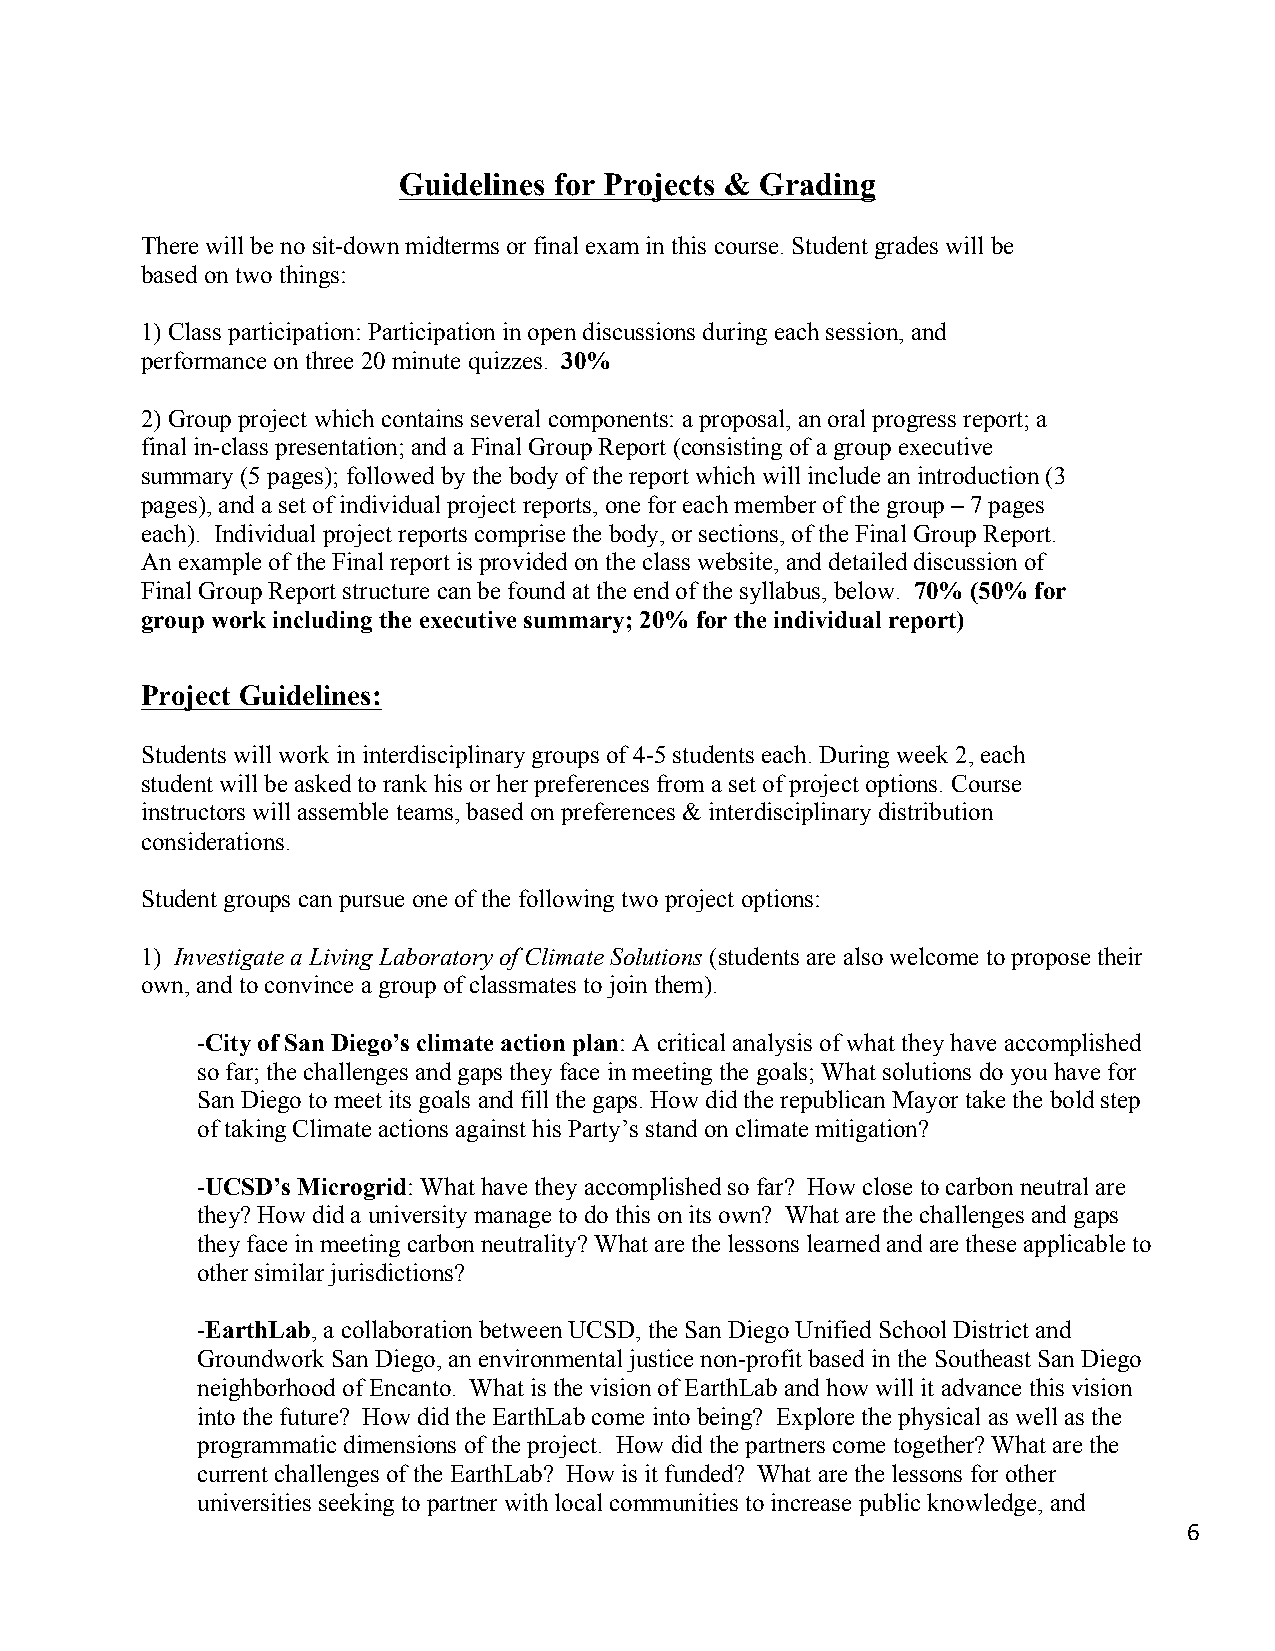
Guidelines for Projects & Grading
 There will be no sit-down midterms or final exam in this course. Student grades will be
 based on two things:
 1) Class participation: Participation in open discussions during each session, and
 performance on three 20 minute quizzes. 30%
 2) Group project which contains several components: a proposal, an oral progress report; a
 final in-class presentation; and a Final Group Report (consisting of a group executive
 summary (5 pages); followed by the body of the report which will include an introduction (3
 pages), and a set of individual project reports, one for each member of the group – 7 pages
 each). Individual project reports comprise the body, or sections, of the Final Group Report.
 An example of the Final report is provided on the class website, and detailed discussion of
 Final Group Report structure can be found at the end of the syllabus, below. 70% (50% for
 group work including the executive summary; 20% for the individual report)
 Project Guidelines:
 Students will work in interdisciplinary groups of 4-5 students each. During week 2, each
 student will be asked to rank his or her preferences from a set of project options. Course
 instructors will assemble teams, based on preferences & interdisciplinary distribution
 considerations.
 Student groups can pursue one of the following two project options:
 1) Investigate a Living Laboratory of Climate Solutions (students are also welcome to propose their
 own, and to convince a group of classmates to join them).
 -City of San Diego’s climate action plan: A critical analysis of what they have accomplished
 so far; the challenges and gaps they face in meeting the goals; What solutions do you have for
 San Diego to meet its goals and fill the gaps. How did the republican Mayor take the bold step
 of taking Climate actions against his Party’s stand on climate mitigation?
 -UCSD’s Microgrid: What have they accomplished so far? How close to carbon neutral are
 they? How did a university manage to do this on its own? What are the challenges and gaps
 they face in meeting carbon neutrality? What are the lessons learned and are these applicable to
 other similar jurisdictions?
 -EarthLab, a collaboration between UCSD, the San Diego Unified School District and
 Groundwork San Diego, an environmental justice non-profit based in the Southeast San Diego
 neighborhood of Encanto. What is the vision of EarthLab and how will it advance this vision
 into the future? How did the EarthLab come into being? Explore the physical as well as the
 programmatic dimensions of the project. How did the partners come together? What are the
 current challenges of the EarthLab? How is it funded? What are the lessons for other
 universities seeking to partner with local communities to increase public knowledge, and
 6